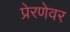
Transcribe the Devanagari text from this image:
प्रेरणेवर